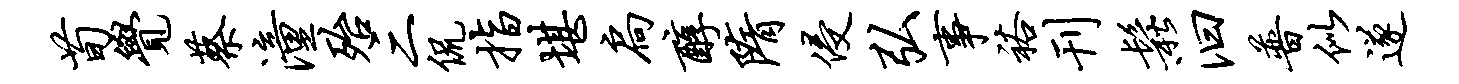
荀觉蔡潼殆三侃指堪扃醇隋侵弘事裕刊松汩普似遂